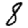
Digit: 8